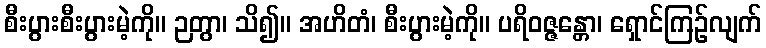
စီးပွားစီးပွားမဲ့ကို။ ဉတွာ၊ သိ၍။ အဟိတံ၊ စီးပွားမဲ့ကို။ ပရိဝဇ္ဇန္တော၊ ရှောင်ကြဉ်လျက်